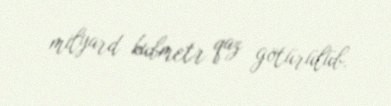
milyard kubmetr qaz götürülüb.